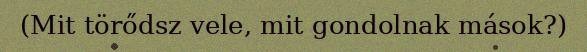
(Mit törődsz vele, mit gondolnak mások?)